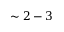
\sim 2 - 3